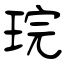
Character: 琓